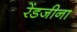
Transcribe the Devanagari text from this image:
रेंडजीना